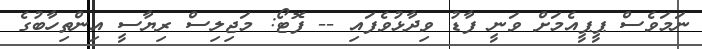
ނަމަވެސް ޕީޕީއެމަށް ވަނީ ފާޑު ވިދާޅުވެފައި -- ފޮޓޯ: މަޖިލިސް ރިޔާސީ އިންތިހާބުގެ